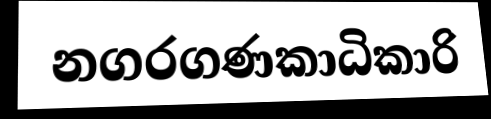
නගරගණකාධිකාරි